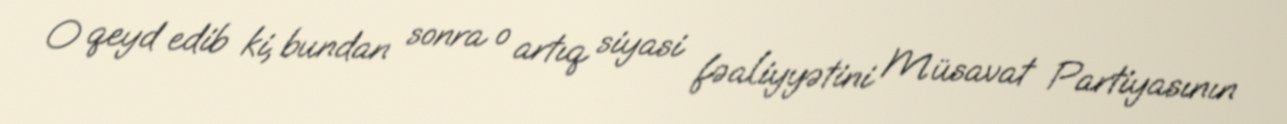
O qeyd edib ki, bundan sonra o artıq siyasi fəaliyyətini Müsavat Partiyasının